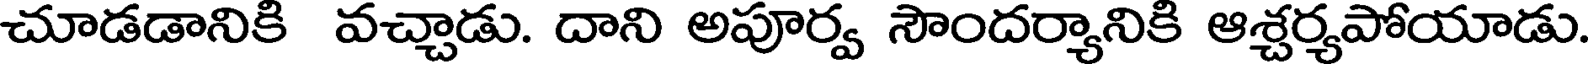
చూడడానికి వచ్చాడు. దాని అపూర్వ సౌందర్యానికి ఆశ్చర్యపోయాడు.